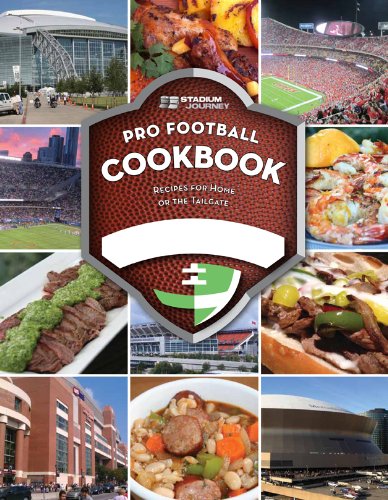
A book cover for Stadium Journey Pro Football Inspired Cookbook: Recipes for Home or the Tailgate; Paul Swaney; Cookbooks, Food & Wine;